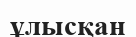
ұлысқан